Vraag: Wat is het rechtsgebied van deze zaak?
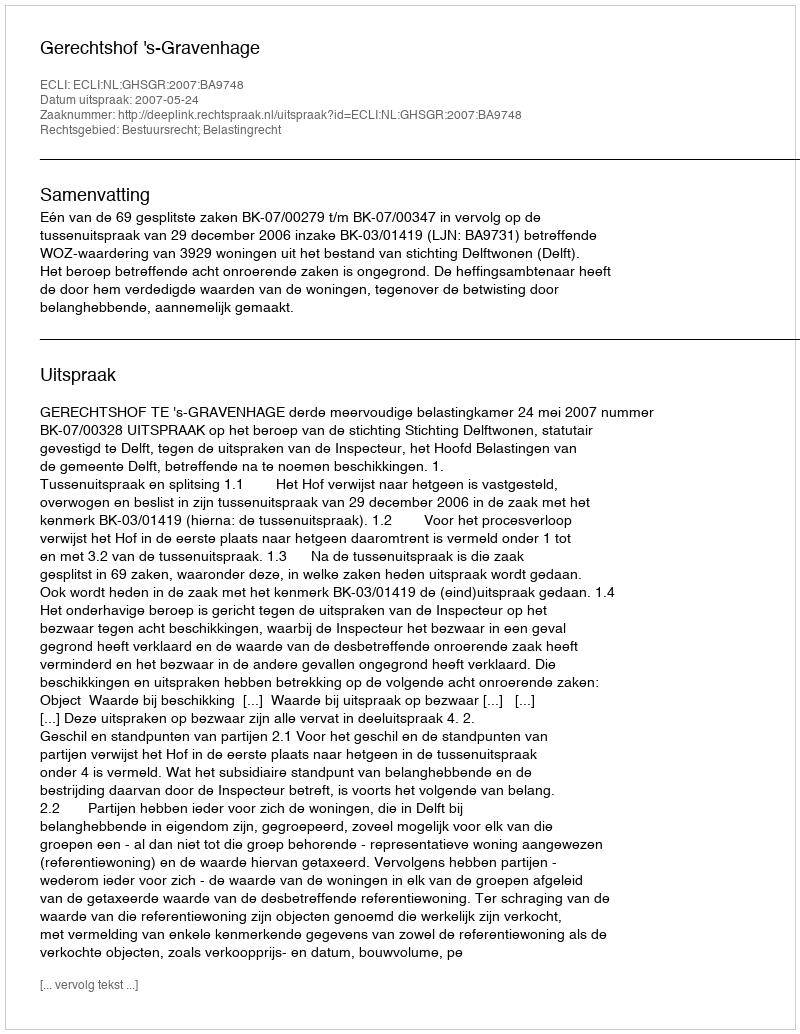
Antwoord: Bestuursrecht; Belastingrecht